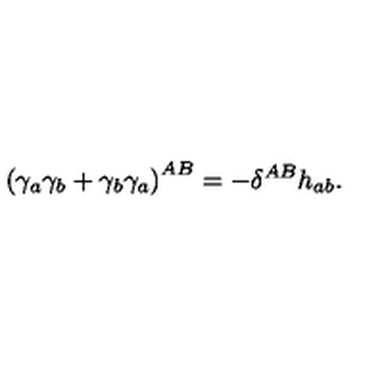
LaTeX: \left( \gamma _ { a } \gamma _ { b } + \gamma _ { b } \gamma _ { a } \right) ^ { A B } = - \delta ^ { A B } h _ { a b } .